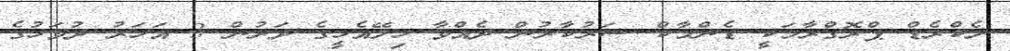
ލެކްރެޑް ޕްރޮގްރާމަކީ ޑެންމާކް ސަރުކާރުން ދެއްވާ ހިލޭއެހީގެ ދަށުން 3 އަހަރު ދުވަހުގެ